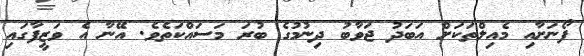
ފޯނަށާއި މެއިލްތަކަށް އަބަދު ޖަވާބު ދިނުމުގެ ބުރަ މަސައްކަތެވެ. އޭނާ އެ ވަޒީފާގައި